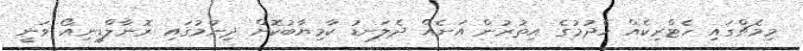
މިމެޗްގައި ހެޓްރިކެއް ހެދުމުގެ އިތުރުން އަނެއް ދެލަނޑު ކާމިޔާބުކޮށް ދިނުމުގައި ރޮނާލްޑީނިއޯ ވަނީ